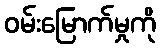
ဝမ်းမြောက်မှုကို